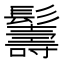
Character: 𩯦